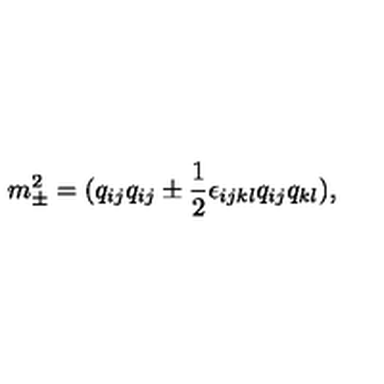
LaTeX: m _ { \pm } ^ { 2 } = ( q _ { i j } q _ { i j } \pm { \frac { 1 } { 2 } } \epsilon _ { i j k l } q _ { i j } q _ { k l } ) ,